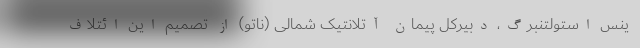
ینس استولتنبرگ، دبیرکل پیمان آتلانتیک شمالی (ناتو) از تصمیم این ائتلاف